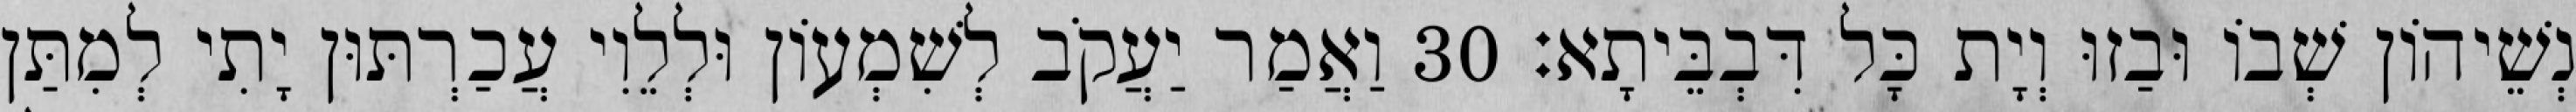
נְשֵׁיהוֹן שְׁבוֹ וּבַזוּ וְיָת כָּל דִּבְבֵּיתָא׃ 30 וַאֲמַר יַעֲקֹב לְשִׁמְעוֹן וּלְלֵוִי עֲכַרְתּוּן יָתִי לְמִתַּן